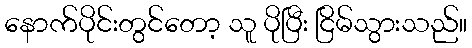
နောက်ပိုင်းတွင်တော့ သူ ပိုပြီး ငြိမ်သွားသည်။